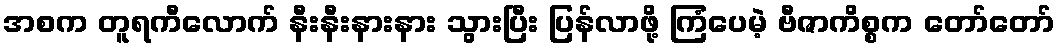
အစက တူရကီလောက် နီးနီးနားနား သွားပြီး ပြန်လာဖို့ ကြံပေမဲ့ ဗီဇာကိစ္စက တော်တော်